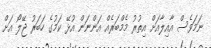
ނަމަވެސް އާއިލާއަށް އިތުރު މެމްބަރެއް އަންނަން އުޅޭ ކަމުގެ ހަބަރު ޖޭލޯ އަށް